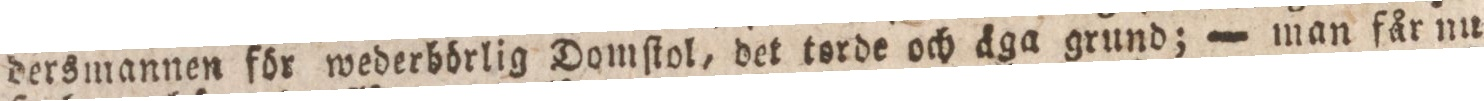
dersmannen för wederbörlig Domſtol, det torde och äga grund; — man får nu